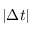
\lvert \Delta t \rvert